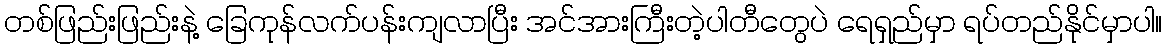
တစ်ဖြည်းဖြည်းနဲ့ ခြေကုန်လက်ပန်းကျလာပြီး အင်အားကြီးတဲ့ပါတီတွေပဲ ရေရှည်မှာ ရပ်တည်နိုင်မှာပါ။